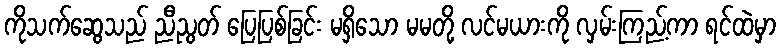
ကိုသက်ဆွေသည် ညီညွတ် ပြေပြစ်ခြင်း မရှိသော မမတို့ လင်မယားကို လှမ်းကြည့်ကာ ရင်ထဲမှာ